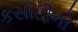
કસોટીનો